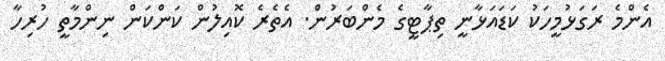
އެންމެ ރަގަޅުމީހަކު ކަޑައަޅާނީ ތިޕާޓީގެ މެންބަރުން. އެތެރެ ކޮއިލުން ކަންކަން ނިންމާތީ ހުރިހާ